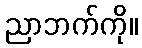
ညာဘက်ကို။